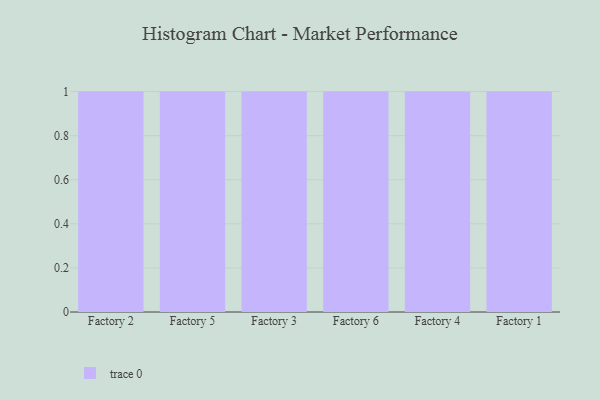
{"axis": {"x": "Factory", "y": "Production Output"}, "legend": [""], "data": [{"x": "Factory 2", "y": 53, "type": ""}, {"x": "Factory 5", "y": 73, "type": ""}, {"x": "Factory 3", "y": 32, "type": ""}, {"x": "Factory 6", "y": 78, "type": ""}, {"x": "Factory 4", "y": 50, "type": ""}, {"x": "Factory 1", "y": 69, "type": ""}]}